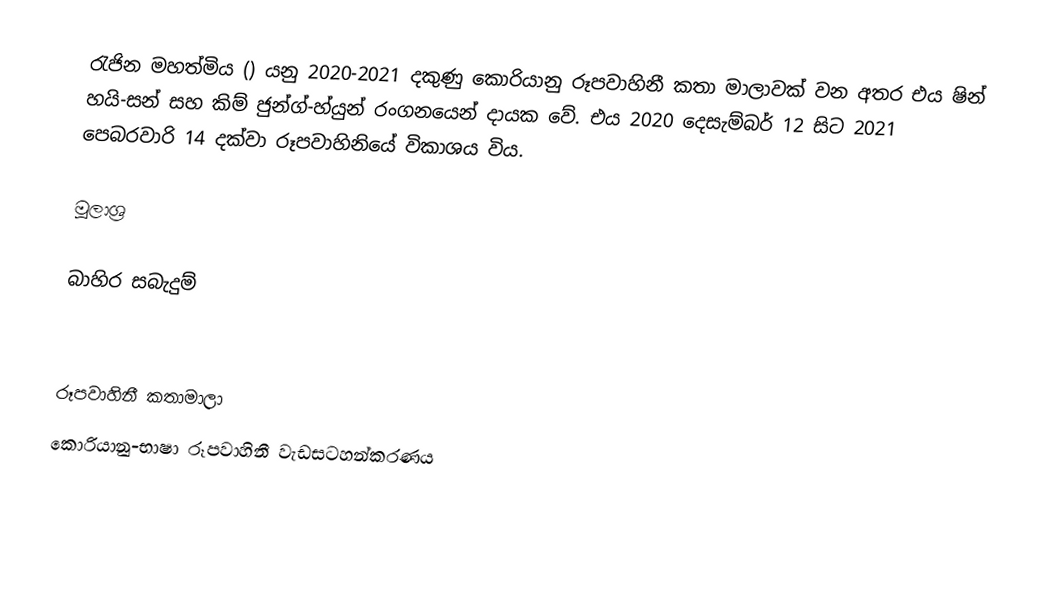
රැජින මහත්මිය () යනු 2020-2021 දකුණු කොරියානු රූපවාහිනී කතා මාලාවක් වන අතර එය ෂින් හයි-සන් සහ කිම් ජුන්ග්-හ්යුන් රංගනයෙන් දායක වේ. එය 2020 දෙසැම්බර් 12 සිට 2021 පෙබරවාරි 14 දක්වා රූපවාහිනියේ විකාශය විය.

මූලාශ්‍ර

බාහිර සබැදුම්

රූපවාහිනී කතාමාලා
කොරියානු-භාෂා රූපවාහිනී වැඩසටහන්කරණය